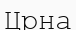
Црна